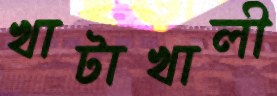
খাটাখালী